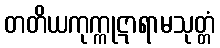
တတိယကုက္ကုဋာရာမသုတ္တံ